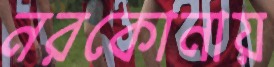
নরকোনায়